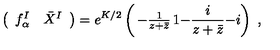
\left( \begin{array} { c c } { f _ { \alpha } ^ { I } } & { \bar { X } ^ { I } } \\ \end{array} \right) = e ^ { K / 2 } \left( \begin{matrix} { - \frac { 1 } { z + \bar { z } } } & { 1 } \\ { - \frac { i } { z + \bar { z } } } & { - i } \\ \end{matrix} \right) \ ,